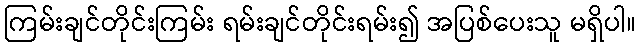
ကြမ်းချင်တိုင်းကြမ်း ရမ်းချင်တိုင်းရမ်း၍ အပြစ်ပေးသူ မရှိပါ။